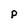
Character: p